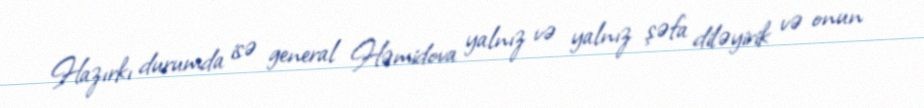
Hazırkı durumda isə general Həmidova yalnız və yalnız şəfa diləyirik və onun